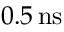
0 . 5 \, \mathrm { n s }